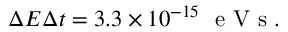
\Delta E \Delta t = 3 . 3 \times 1 0 ^ { - 1 5 } \ \mathrm { ~ e ~ V ~ s ~ } .